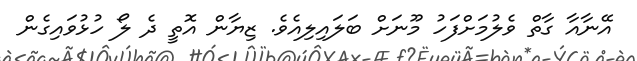
އޭނާއާ ގާތް ވެލުމަށްފަހު މޫނަށް ބަލައިލިއެވެ. ޒިޔާން އޮތީ ދެ ލޯ ހުޅުވައިގެން